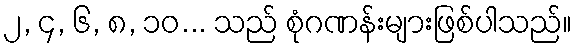
၂, ၄, ၆, ၈, ၁၀... သည် စုံဂဏန်းများဖြစ်ပါသည်။